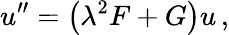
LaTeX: u^{\prime\prime}=\left(\lambda^{2}F+G\right)u\, ,